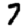
Digit: 7